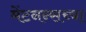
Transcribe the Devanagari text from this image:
मेंटनन्सच्या